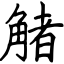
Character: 觰